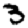
Digit: 3